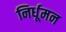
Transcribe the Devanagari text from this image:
निर्धूमन